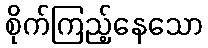
စိုက်ကြည့်နေသော